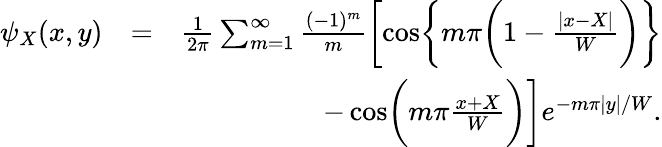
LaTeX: \begin{array}{rlr}{\psi_{X}(x,y)}&{=}&{\frac{1}{2\pi}\sum_{m=1}^{\infty}\frac{(-1)^{m}}{m}\biggl[\cos\biggl\{ m\pi\biggl(1-\frac{|x-X|}{W}\biggr)\biggr\} }\\ &{}&{-\cos\biggl(m\pi\frac{x+X}{W}\biggr)\biggr]e^{-m\pi|y|/W}.}\end{array}